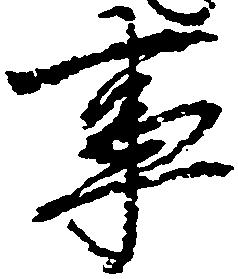
事